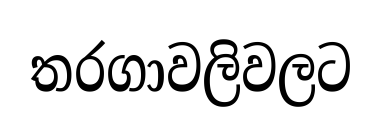
තරගාවලිවලට